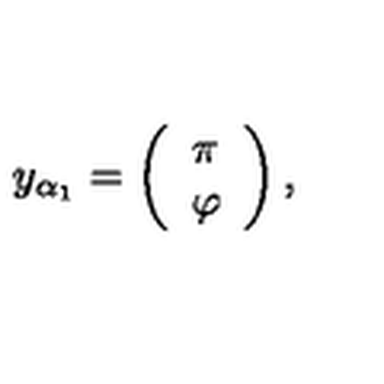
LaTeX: y _ { \alpha _ { 1 } } = \left( \begin{array} { c } { \pi } \\ { \varphi } \\ \end{array} \right) ,